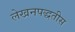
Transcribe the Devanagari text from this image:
लेखनपद्धतीस